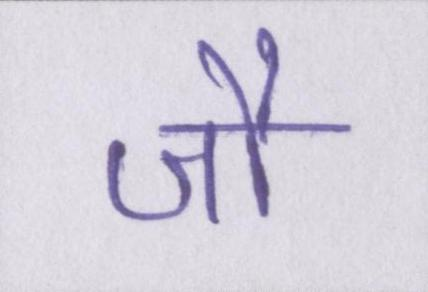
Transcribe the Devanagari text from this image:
जौ